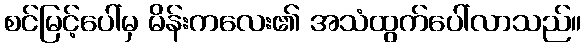
စင်မြင့်ပေါ်မှ မိန်းကလေး၏ အသံထွက်ပေါ်လာသည်။